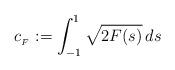
LaTeX: \begin{align*}c_{{}_F}:=\displaystyle\int_{-1}^1\sqrt{2F(s)}\,ds\end{align*}